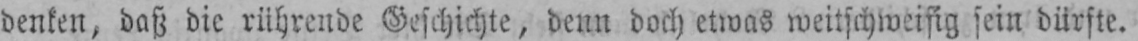
denken, daß die rührende Geschichte, denn doch etwas weitschweifig sein dürfte.